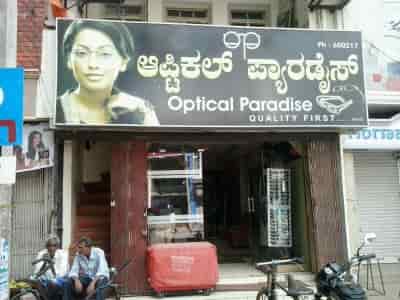
Language: kannada
Transcription: ಆಪ್ಟಿಕಲ್ ಪ್ಯಾರಡೈಸ್